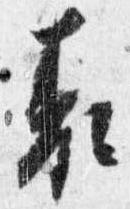
表